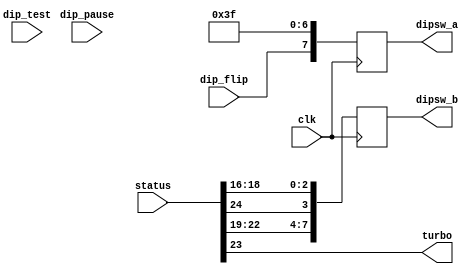
// This program was cloned from: https://github.com/jotego/jtcores
// License: GNU General Public License v3.0

/*  This file is part of JTCORES.
    JTCORES program is free software: you can redistribute it and/or modify
    it under the terms of the GNU General Public License as published by
    the Free Software Foundation, either version 3 of the License, or
    (at your option) any later version.

    JTCORES program is distributed in the hope that it will be useful,
    but WITHOUT ANY WARRANTY; without even the implied warranty of
    MERCHANTABILITY or FITNESS FOR A PARTICULAR PURPOSE.  See the
    GNU General Public License for more details.

    You should have received a copy of the GNU General Public License
    along with JTCORES.  If not, see <http://www.gnu.org/licenses/>.

    Author: Jose Tejada Gomez. Twitter: @topapate
    Version: 1.0
    Date: 14-12-2019 */


module jtdd_dip(
    input              clk,
    input      [31:0]  status,

    input              dip_pause,
    input              dip_test,
    input              dip_flip,
    output             turbo,

    output reg [ 7:0]  dipsw_a,
    output reg [ 7:0]  dipsw_b
);

wire          dip_upright = 1'b0;
wire [1:0]    dip_level   = status[17:16];
wire          dip_demosnd = status[18];
wire          dip_kick    = status[24];    // only in DD2
wire [1:0]    dip_bonus   = status[20:19]; // Timer setting in DD2
wire [1:0]    dip_lives   = status[22:21]; // Lives in DD2 but different values
assign turbo              = status[23];
wire [2:0]    dip_price1  = ~3'b0;
wire [2:0]    dip_price2  = ~3'b0;


always @(posedge clk) begin
    dipsw_a <= { dip_flip, dip_upright, dip_price2, dip_price1 };
    // the meaning for some bits in DD2 in dipsw_b is different:
    dipsw_b <= { dip_lives, dip_bonus, dip_kick, dip_demosnd, dip_level };
end

endmodule